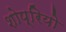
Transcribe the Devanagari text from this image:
शोप्रियो